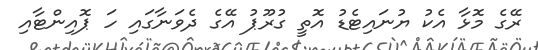
ރޭގެ މޮޅާ އެކު ޔުނައިޓެޑު އޮތީ ގުރޫޕު އޭގެ ދެވަނާގައި ހަ ޕޮއިންޓާއި